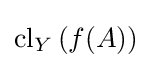
\operatorname {cl} _{Y}\left(f(A)\right)